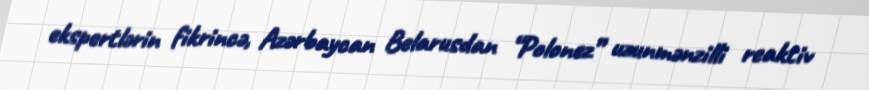
ekspertlərin fikrincə, Azərbaycan Belarusdan “Polonez” uzunmənzilli reaktiv